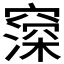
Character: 𬔒